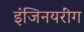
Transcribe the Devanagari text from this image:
इंजिनयरींग